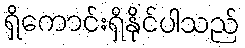
ရှိကောင်းရှိနိုင်ပါသည်